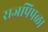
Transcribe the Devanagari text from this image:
राजपिपळा